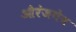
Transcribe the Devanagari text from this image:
औरंजगेब